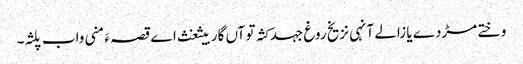
وختے مڑدے یا زالے آنہی نزیخ روغ جہد کثہ تو آں گار بیثغث اے قصہ ءَ منی واب پلثہ۔